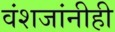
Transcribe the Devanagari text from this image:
वंशजांनीही